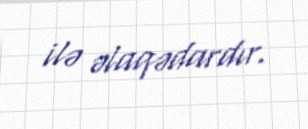
ilə əlaqədardır.